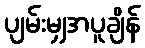
ပျမ်းမျှအပူချိန်